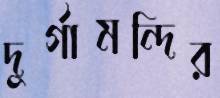
দুর্গামন্দির